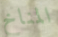
المناخ